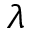
\lambda